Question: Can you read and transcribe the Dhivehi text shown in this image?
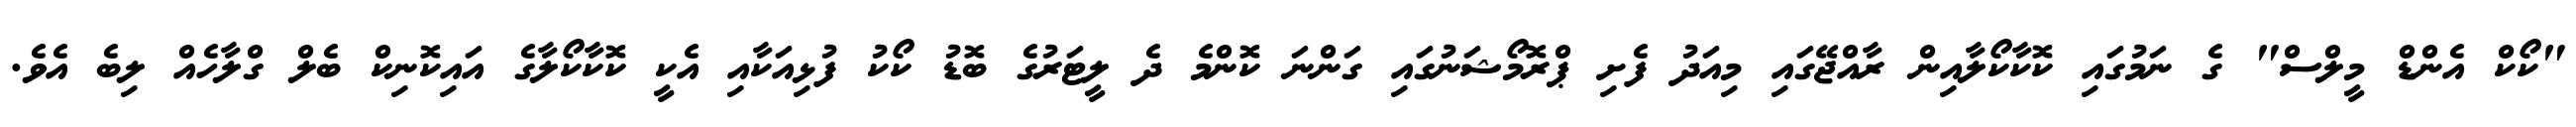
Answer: "ކޯކް އެންޑް މީލްސް" ގެ ނަމުގައި ކޮކާކޯލާއިން ރާއްޖޭގައި މިއަދު ފެށި ޕްރޮމޯޝަނުގައި ގަންނަ ކޮންމެ ދެ ލީޓަރުގެ ބޮޑު ކޯކު ފުޅިއަކާއި އެކީ ކޮކާކޯލާގެ އައިކޮނިކް ބެލް ގްލާހެއް ލިބެ އެވެ.